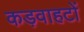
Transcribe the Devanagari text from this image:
कड़वाहटों